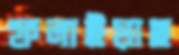
ফলাইয়াছ